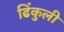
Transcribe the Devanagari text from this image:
ढिंकुली